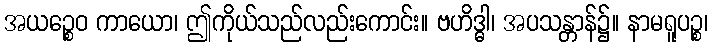
အယဉ္စေဝ ကာယော၊ ဤကိုယ်သည်လည်းကောင်း။ ဗဟိဒ္ဓါ၊ အပသန္တာန်၌။ နာမရူပဉ္စ၊